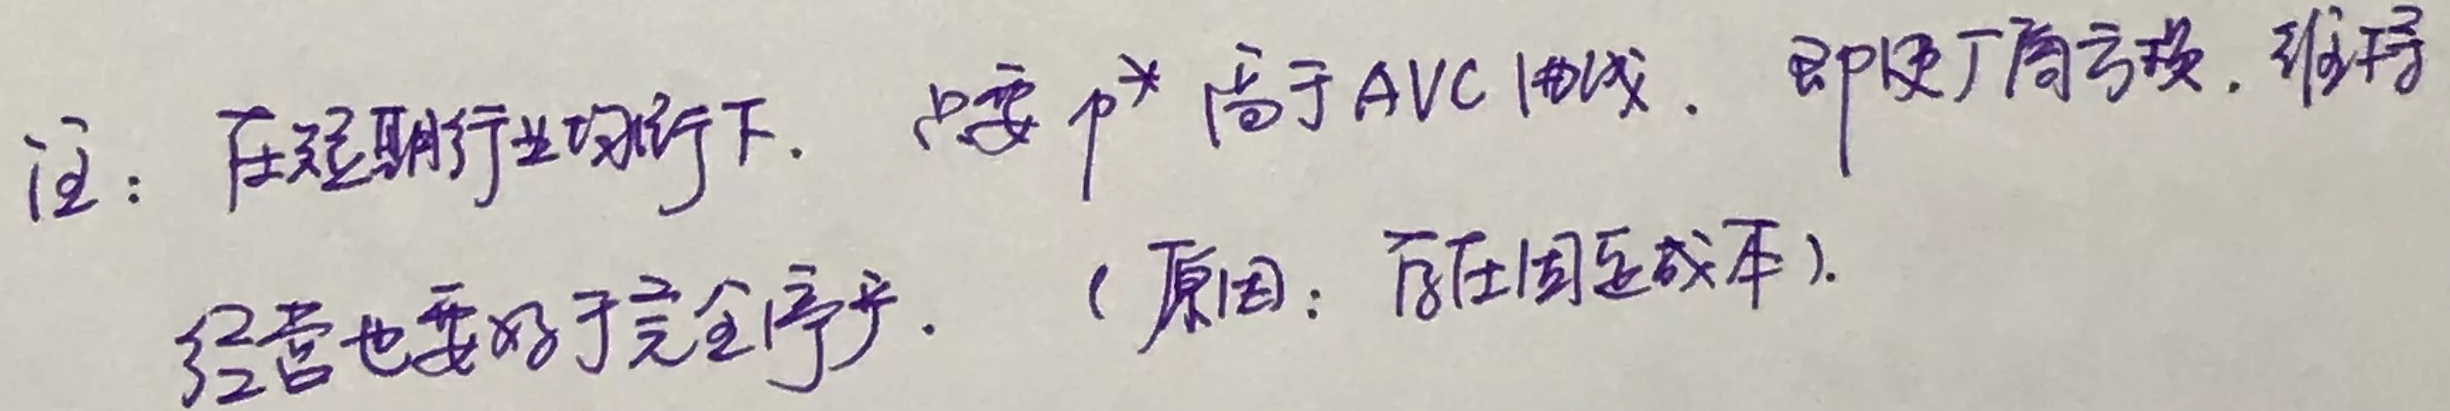
注：在短期行业均衡下，只要 \(p^{*}\) 高于 AVC 曲线，即便厂商亏损，维持经营也要好于完全停产。（原因：存在固定成本）